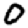
Digit: 0